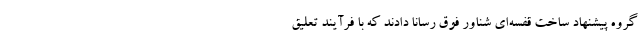
گروه پیشنهاد ساخت قفسه‌ای شناور فوق رسانا دادند که با فرآیند تعلیق